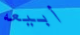
أبيعه